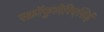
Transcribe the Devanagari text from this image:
स्क्रॉफुलेरिएसिई